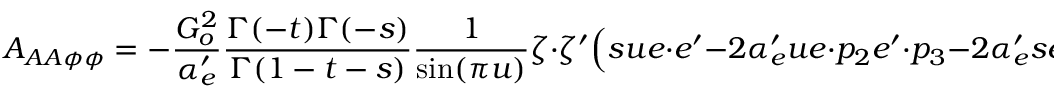
{ \cal A } _ { A A \phi \phi } = - \frac { G _ { o } ^ { 2 } } { \alpha _ { e } ^ { \prime } } \frac { \Gamma ( - t ) \Gamma ( - s ) } { \Gamma ( 1 - t - s ) } \frac { 1 } { \sin ( \pi u ) } \zeta \cdot \zeta ^ { \prime } \Big ( s u e \cdot e ^ { \prime } - 2 \alpha _ { e } ^ { \prime } u e \cdot p _ { 2 } e ^ { \prime } \cdot p _ { 3 } - 2 \alpha _ { e } ^ { \prime } s e \cdot p _ { 3 } e ^ { \prime } \cdot p _ { 2 } \Big ) \Phi _ { + }